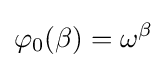
\varphi _{0}(\beta )=\omega ^{\beta }